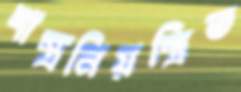
শাস্ত্রনিয়ন্ত্রিত